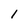
Character: l